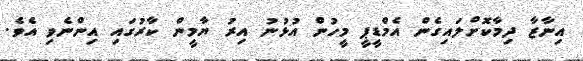
އިނާޒާ ދިމާކޮށްލައިގެން އެމްޑީޕީ މީހުން އުޅުނު އިރު ޔާމީން ކާރުގައި އިންނެވި އެވެ.